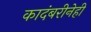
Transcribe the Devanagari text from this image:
कादंबरीनेही